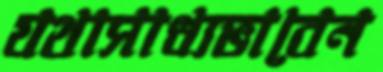
যথাসাধ্যভাবেন